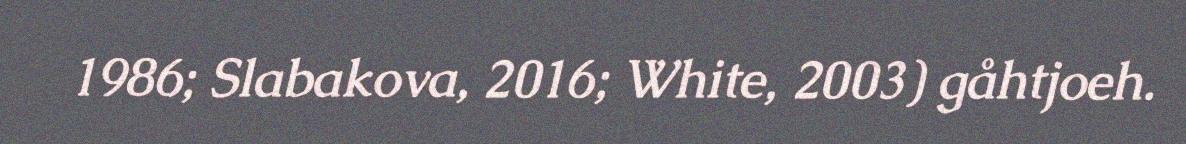
1986; Slabakova, 2016; White, 2003) gåhtjoeh.